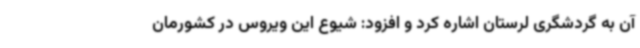
آن به گردشگری لرستان اشاره کرد و افزود: شیوع این ویروس در کشورمان